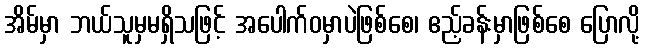
အိမ်မှာ ဘယ်သူမှမရှိသဖြင့် အပေါက်ဝမှာပဲဖြစ်စေ၊ ဧည့်ခန်းမှာဖြစ်စေ ပြောလို့